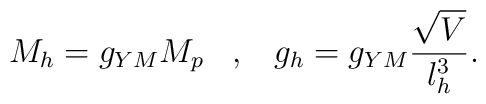
M_h =  g_{YM} M_p \;\;\; ,\;\;\; g_h = g_{YM}\frac{\sqrt{V}}{l_h ^3} .